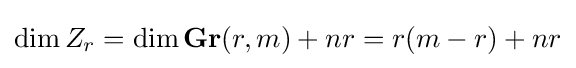
\dim Z_{r}=\dim \mathbf {Gr} (r,m)+nr=r(m-r)+nr